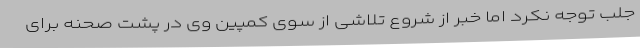
جلب توجه نکرد اما خبر از شروع تلاشی از سوی کمپین وی در پشت صحنه برای